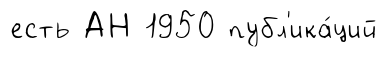
есть АН 1950 публ'ика́ций